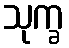
သုက္ခ